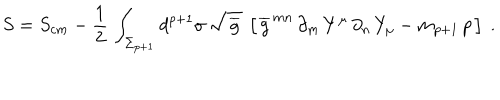
LaTeX: S = S _ { c m } - { \frac { 1 } { 2 } } \, \int _ { \Sigma _ { p + 1 } } d ^ { p + 1 } \sigma \, \sqrt { \, \overline { { g } } \, } \, \left[ \, \overline { { { g } } } ^ { \, m n } \, \partial _ { m } \, Y ^ { \mu } \, \partial _ { n } \, Y _ { \mu } - m _ { p + 1 } \, p \, \right] \ .